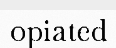
opiated